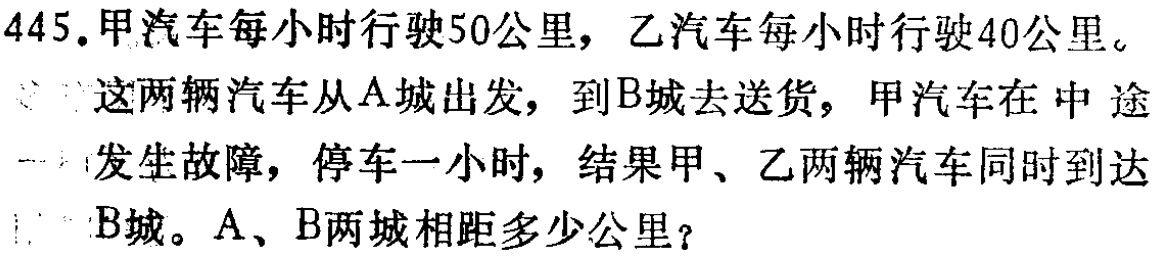
445.甲汽车每小时行驶50公里，乙汽车每小时行驶40公里。

这两辆汽车从A城出发，到B城去送货，甲汽车在中途

发生故障，停车一小时，结果甲、乙两辆汽车同时到达

B城。A、B两城相距多少公里？